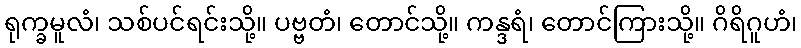
ရုက္ခမူလံ၊ သစ်ပင်ရင်းသို့။ ပဗ္ဗတံ၊ တောင်သို့။ ကန္ဒရံ၊ တောင်ကြားသို့။ ဂိရိဂူဟံ၊